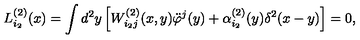
L _ { i _ { 2 } } ^ { ( 2 ) } ( x ) = \int d ^ { 2 } y \left[ W _ { i _ { 2 } j } ^ { ( 2 ) } ( x , y ) \ddot { \varphi } ^ { j } ( y ) + \alpha _ { i _ { 2 } } ^ { ( 2 ) } ( y ) \delta ^ { 2 } ( x - y ) \right] = 0 ,